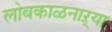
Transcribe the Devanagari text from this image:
लोबकाळनाऱ्या